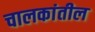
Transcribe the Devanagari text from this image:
चालकांतील